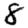
Digit: 8